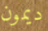
ديمون